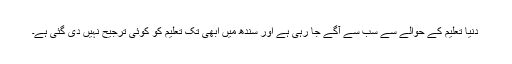
دنیا تعلیم کے حوالے سے سب سے آگے جا رہی ہے اور سندھ میں ابھی تک تعلیم کو کوئی ترجیح نہیں دی گئی ہے۔